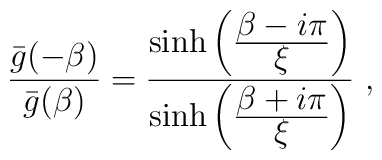
{{\bar g}(-\beta )\over {\bar g}(\beta )}={ \sinh \left({\displaystyle \beta -i\pi \over\displaystyle\xi}\right)\over \sinh \left({\displaystyle \beta +i\pi \over\displaystyle\xi}\right)}\ ,